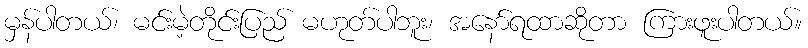
မှန်ပါတယ်၊ မင်းမဲ့တိုင်းပြည် မဟုတ်ပါဘူး၊ အနော်ရထာဆိုတာ ကြားဖူးပါတယ်။